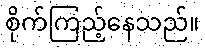
စိုက်ကြည့်နေသည်။